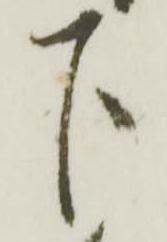
下